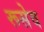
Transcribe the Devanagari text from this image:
रूसेव